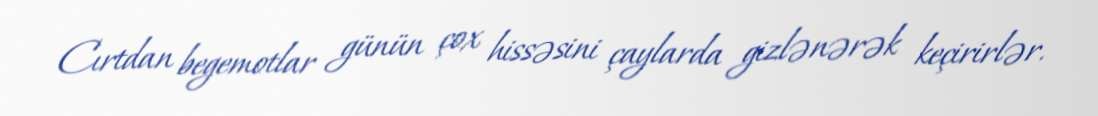
Cırtdan begemotlar günün çox hissəsini çaylarda gizlənərək keçirirlər.